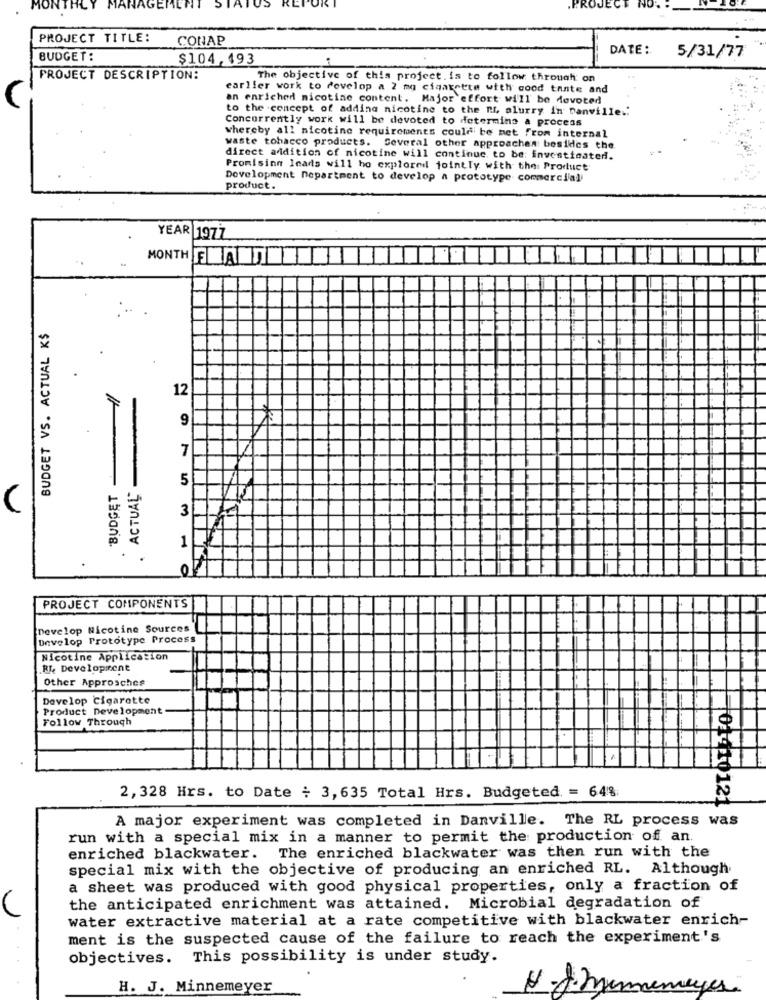
MANAGE
PRO
PROJECT TITLE:
CONAP
DATE:
BUDGET:
$104,493
5/31/77
PROJECT DESCRIPTION:
The objective of this project. is to follow through on
earlier work to develop a 2 mg cigarette with good taste and
an enriched nicotine content. Major effort will be devoted
to the concept of adding nicotine to the ", alurry in Danville .:
Concurrently work will be devoted to determine a process
whereby all nicotine requirements could be bet from internal
waste tobacco products. Several other approaches besides the
direct addition of nicotine will continue to be: investigated.
Promisinn leads will ho explored jointly with the Product
Development Department to develop a prototype commerciali
product.
YEAR 1977
MONTH FLAT
BUDGET VS. ACTUAL K$
12
9
7
5
"BUDGET
. ACTUAL
C
3
PROJECT COMPONENTS
Develop Nicotine Sources
Develop Prototype Process
Nicotine Application
RI, Development
Other Approaches
Develop Cigarette
Product Development
Follow Through
2,328 Hrs. to Date : 3,635 Total Hrs. Budgeted = 64%
01410121
A major experiment was completed in Danville. The RL process was
run with a special mix in a manner to permit the production of an.
enriched blackwater. The enriched blackwater was then run with the
special mix with the objective of producing an enriched RL. Although
a sheet was produced with good physical properties, only a fraction of
the anticipated enrichment was attained. Microbial degradation of
water extractive material at a rate competitive with blackwater enrich-
ment is the suspected cause of the failure to reach the experiment's
objectives. This possibility is under study.
H. J. Minnemeyer